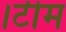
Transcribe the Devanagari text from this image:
।टीम